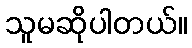
သူမဆိုပါတယ်။